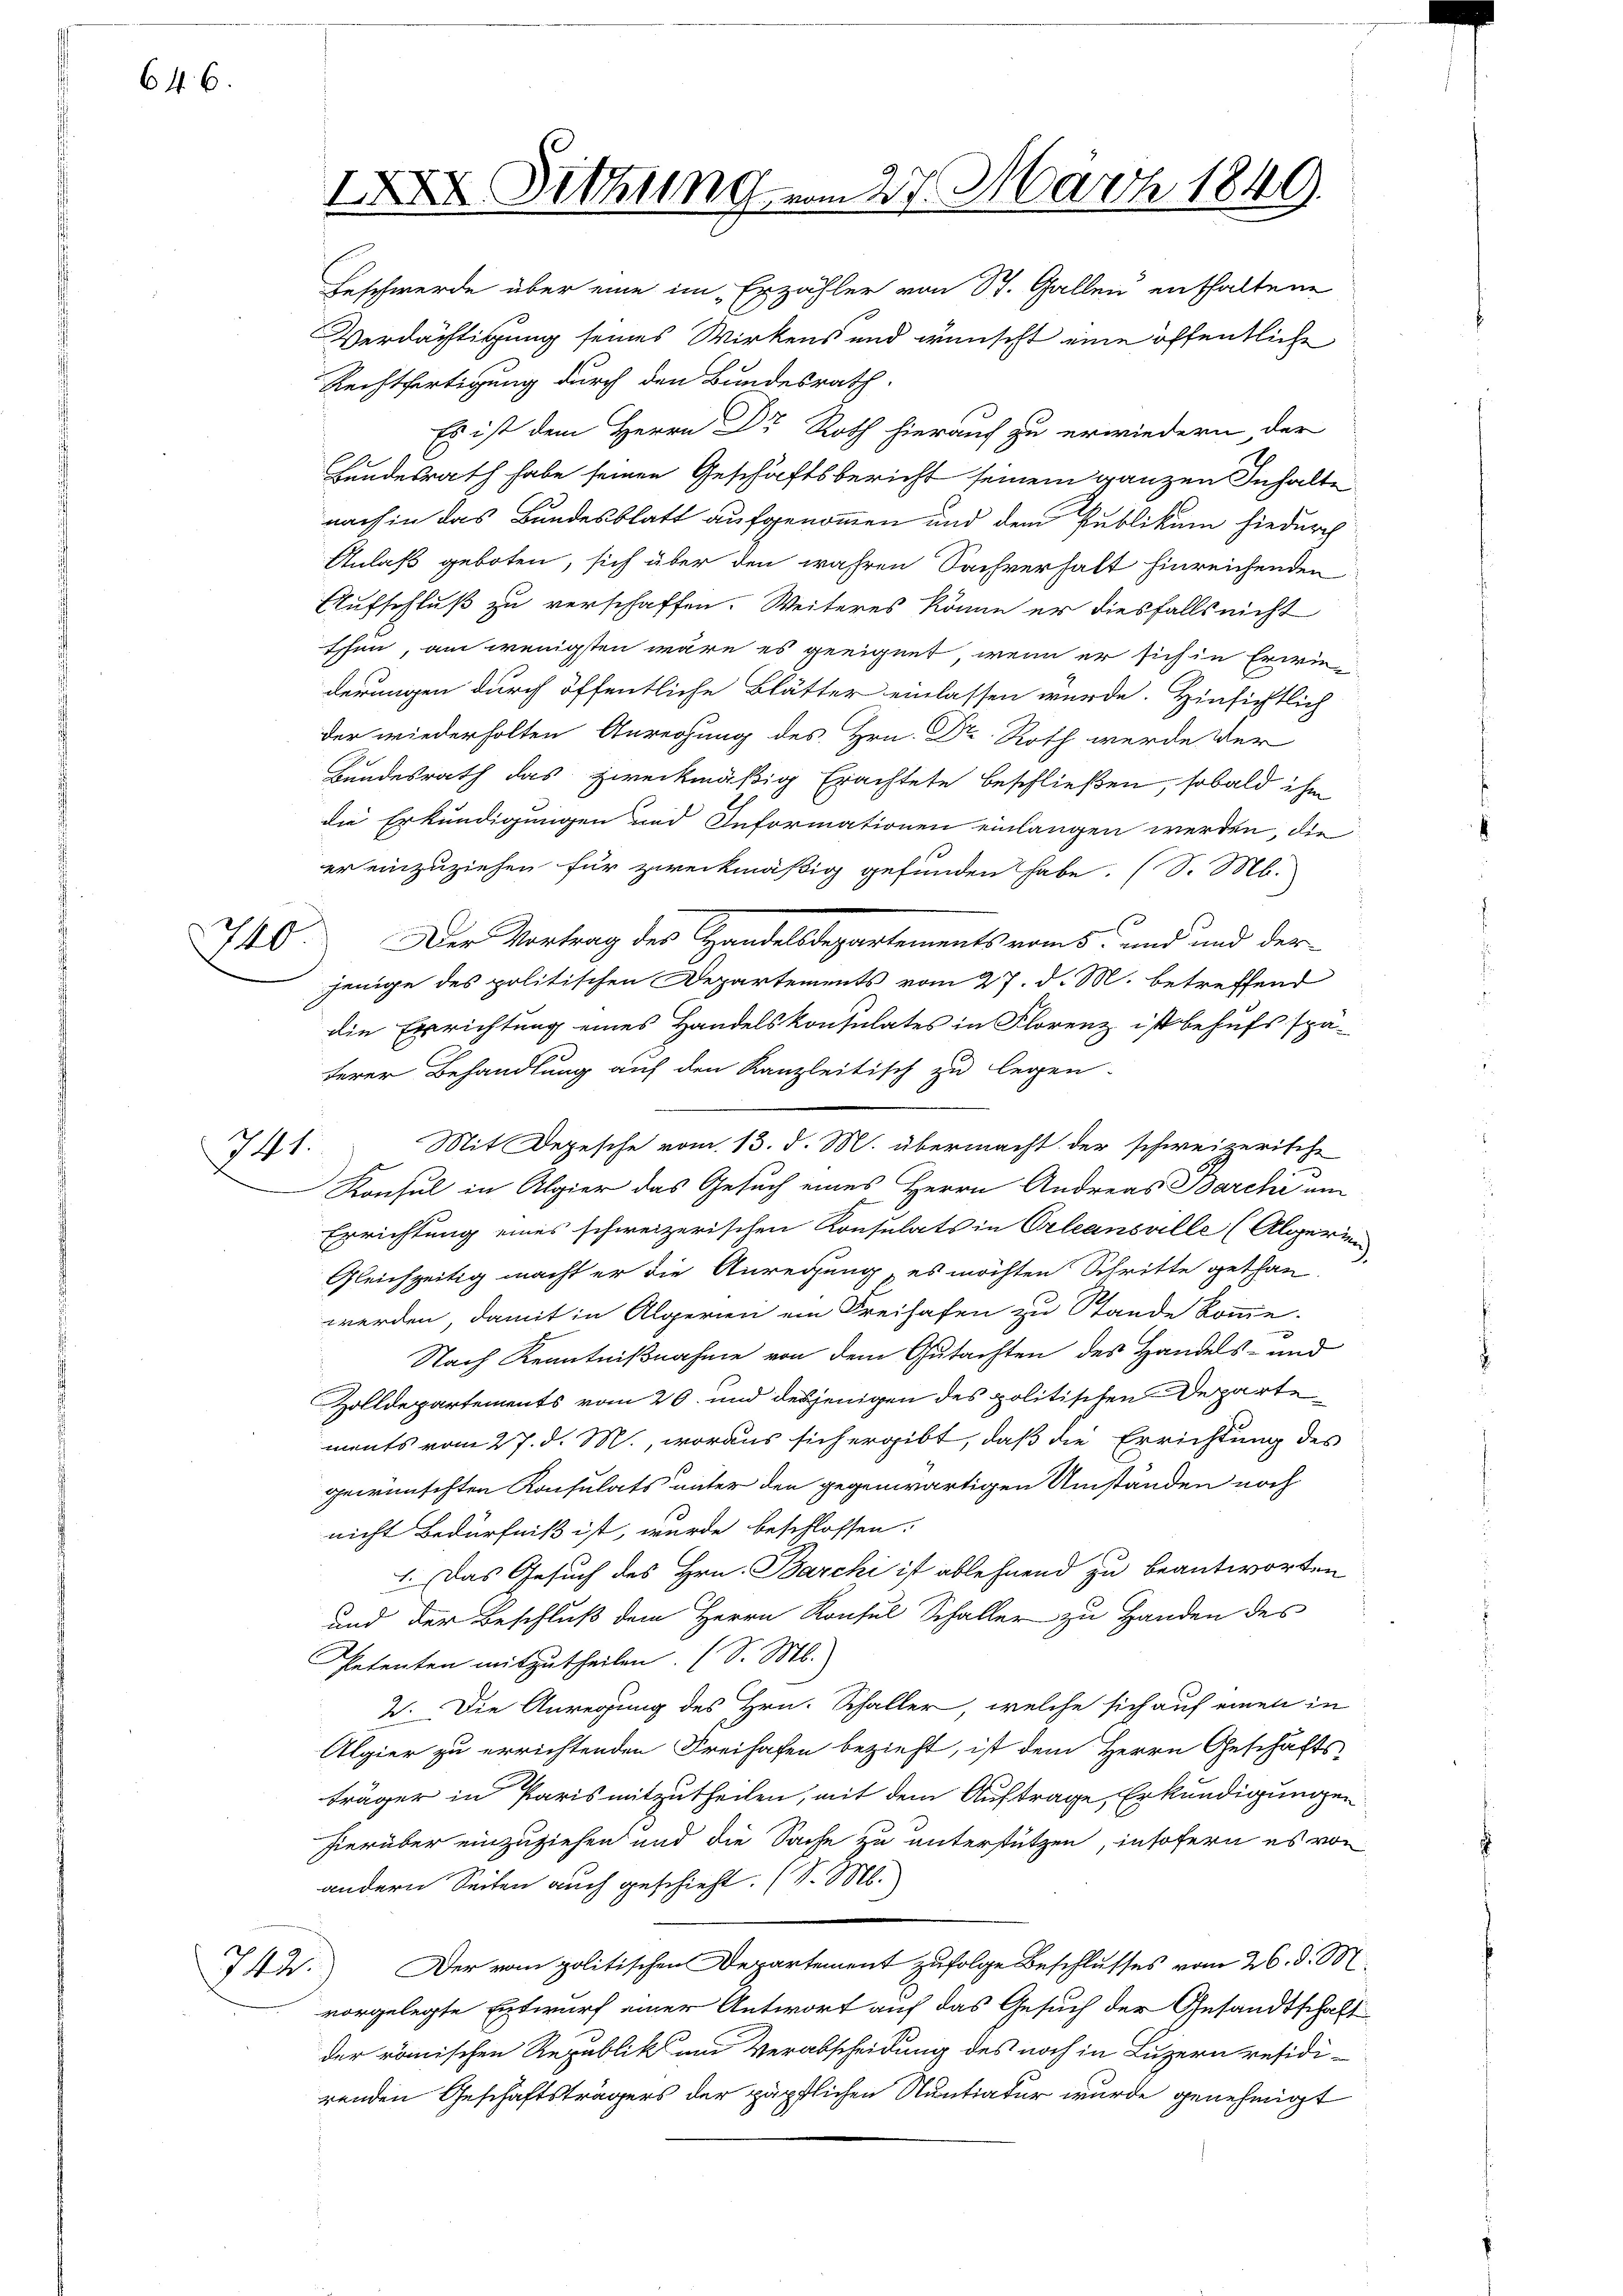
646.

740

341.

Bundesrath habe seinen Geschäftsbericht seinem ganzen Inhalte
nach in das Bundesblatt aufgenommen und dem Publikum hiedurch
Anlaß geboten, sich über den wahren Sachverhalt hinreichenden
Aufschluß zu verschaffen. Weiteres könne er diesfalls nicht
Ehen, am wenigsten wäre es geeignet, wenn er sich in Erweiderungen durch öffentliche Blätter einlassen wurde. Hinsichtlich
der wiederholten Anregung des Hrn. Dr. Roth werde der
Bundesrath das zweckmäßig Erachtete beschließen, sobald ihm
die Erkundigungen und Informationen einlangen werden, die
er einzuziehen für zweckmäßig gefunden habe. (S. M.
Der Vortrag des Handelsdepartements vom 5. und und der
jenige des politischen Departements vom 27. d. M. betreffend
die Errichtung eines Handelskonsulates in Florenz ist behufs spä-
terer Behandlung auf den Kanzleitisch zu legen.
Mit Depesche vom 13. d. M. übermacht der schweizerische
Konsul in Algier das Gesuch eines Herrn Andreas Barche um
Errichtung eines schweizerischen Konsulats in Orleansville (Algerien
Gleichzeitig macht er die Anregung, es möchten Schritte gethan
werden, damit in Alperien ein Freihafen zu Stande komme.
Nach Kenntnißnahme von dem Gutachten des Handels- und
Zolldepartements vom 20. und desjenigen des politischen Departements vom 27. d. M., woraus sich ergibt, daß die Errichtung des
gewünschten Konsulats unter den gegenwärtigen Umständen noch
nicht Bedürfniß ist, wurde beschlossen:
1. Das Gesuch des Hrn. Barchi ist ablehnend zu beantworten
und der Beschluß dem Herrn Konsul Schaller zu Handen des
Petenten mitzutheilen. (S. M.
2. Die Anregung des Hrn. Schaller, welche sich auf einen in
Algier zu errichtenden Freihafen bezieht, ist dem Herrn Geschäfts-
träger in Paris mitzutheilen, mit dem Auftrage, Erkundigungen
hierüber einzuziehen und die Sache zu unterstützen, insofern es von
andern Seiten auch geschieht. (S. M.
Der vom politischen Departement zufolge Beschlusses vom 26. d. M.
vorgelegte Entwurf einer Antwort auf das Gesuch der Gesandtschaft
der römischen Republik um Verabscheidung des noch in Luzern residirenden Geschäftsträgers der päpflichen Sentiatur wurde genehmigt

742.

Geschwerde über eine im Erzähler von St. Gallen enthaltene
Verdächtigung seines Wirkens und wünscht eine öffentliche
Rechtfertigung durch den Bundesrath.
Es ist dem Herrn Dr Roth hierauf zu erwiedern der

IXXV Sitzung vom 27. März 1849.